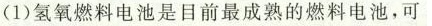
(1)氢氧燃料电池是目前最成熟的燃料电池，可